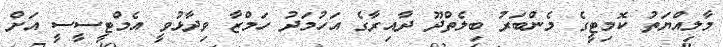
މާލިއްޔަތު ކޮމިޓީގެ މެންބަރު ބިލެތްދޫ ދާއިރާގެ އަހުމަދު ހަމްޒާ ވިދާޅުވީ އެމްޓީސީސީ އަށް